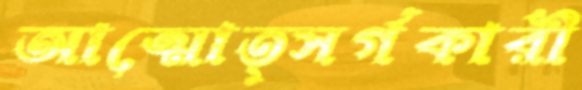
আত্মোত্সর্গকারী